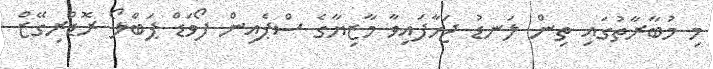
މި މުބާރާތުގައި ތިން ލަނޑު ޖަހާފައިވާ މާޒިޔާގެ ސްޕެއިން ފޯވަޑް ޕަބްލޯ ރޮޑްރިގޭޒް